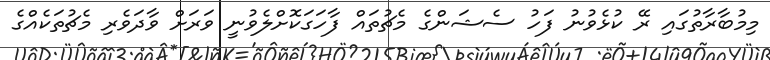
މިމުބާރާތުގައި ރޭ ކުޅެވުނު ފަހު ސެޝަންގެ މެޗުތައް ފާހަގަކޮށްލެވުނީ ވަރަށް ވާދަވެރި މެޗުތަކެއްގެ